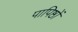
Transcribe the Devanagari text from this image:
पापिष्ठों